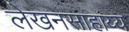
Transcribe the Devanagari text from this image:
लेखनसाहाय्य